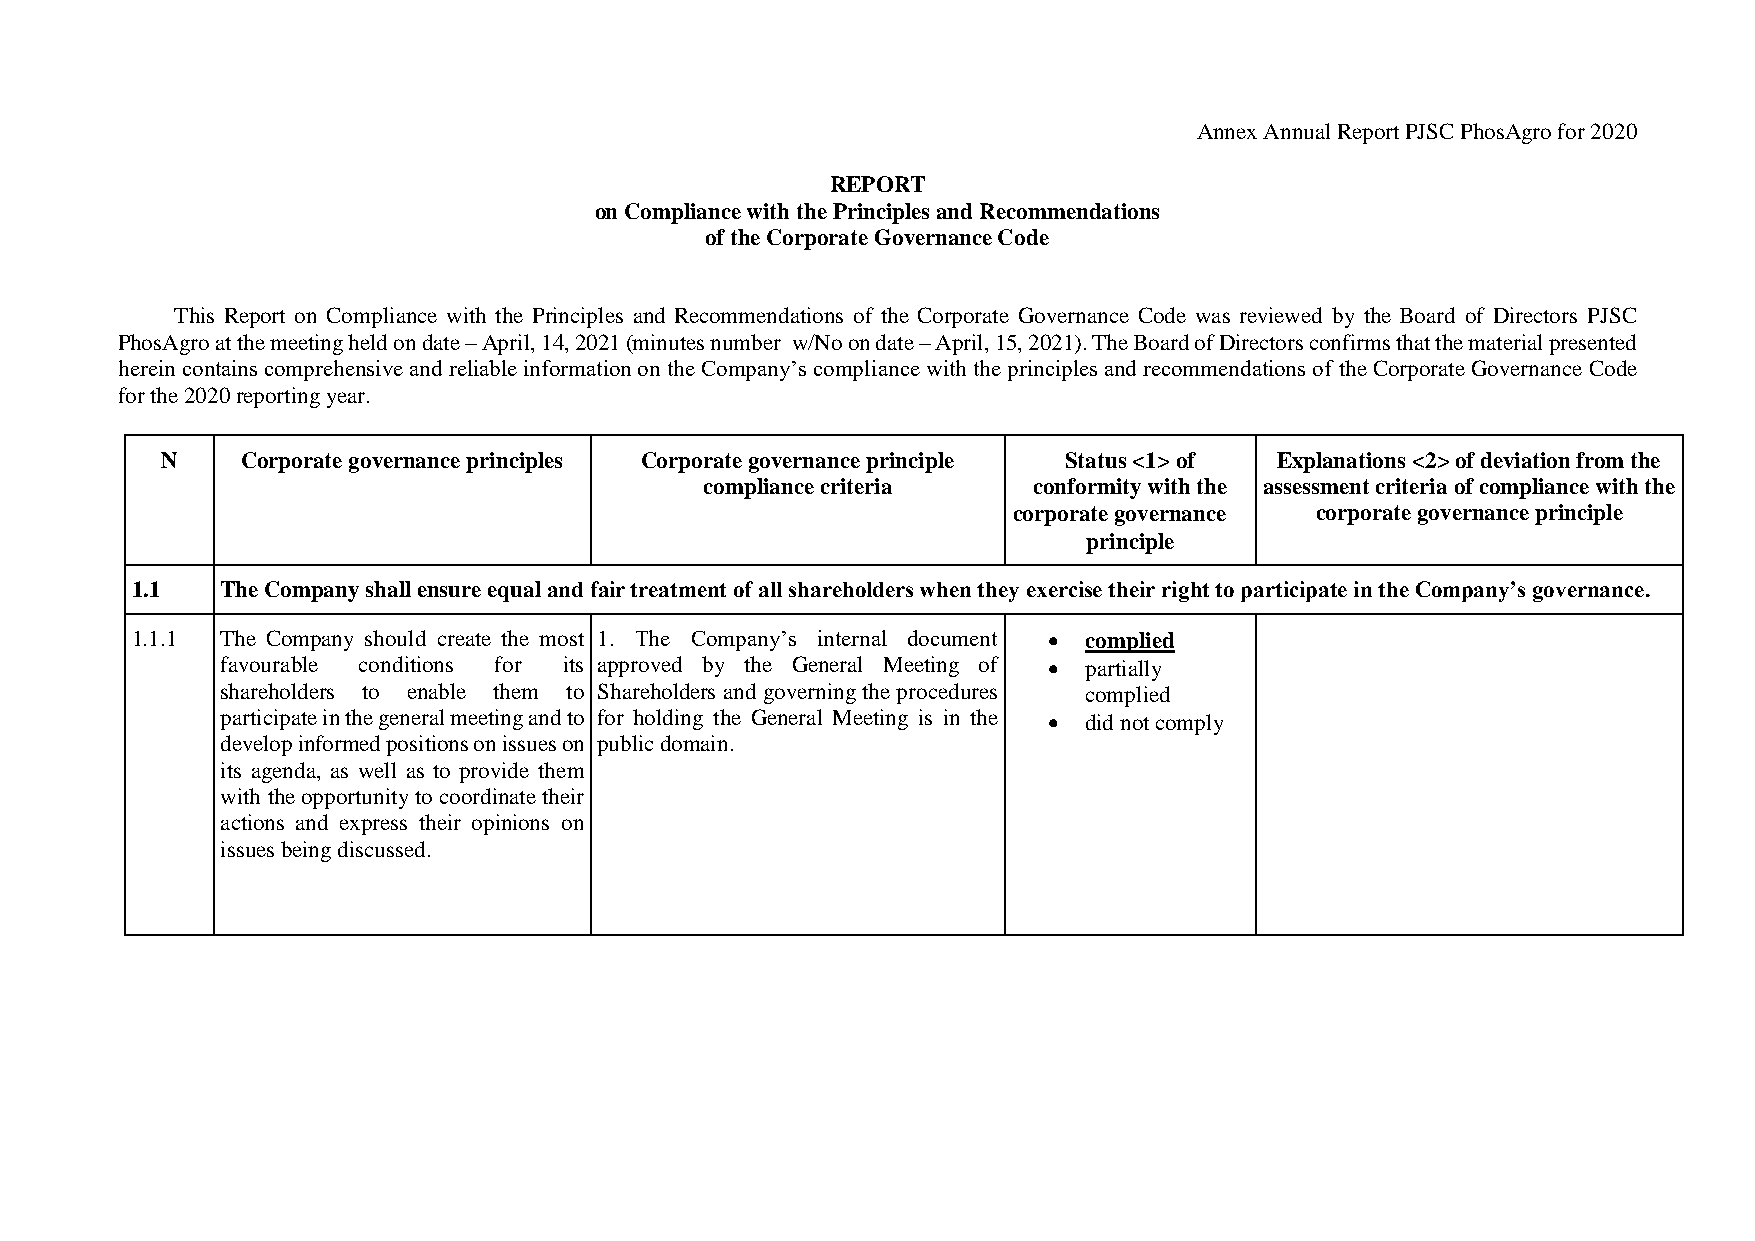
Annex Annual Report PJSC PhosAgro for 2020
 REPORT
 on Compliance with the Principles and Recommendations
 of the Corporate Governance Code
 This Report on Compliance with the Principles and Recommendations of the Corporate Governance Code was reviewed by the Board of Directors PJSC
 PhosAgro at the meeting held on date – April, 14, 2021 (minutes number w/No on date – April, 15, 2021). The Board of Directors confirms that the material presented
 herein contains comprehensive and reliable information on the Company’s compliance with the principles and recommendations of the Corporate Governance Code
 for the 2020 reporting year.
 N    Corporate governance principles Corporate governance principle Status <1> of Explanations <2> of deviation from the
 compliance criteria  conformity with the assessment criteria of compliance with the
 corporate governance corporate governance principle
 principle
 1.1   The Company shall ensure equal and fair treatment of all shareholders when they exercise their right to participate in the Company’s governance.
 1.1.1 The Company should create the most 1. The Company’s internal document  complied
 favourable conditions for its approved by the General Meeting of  partially
 shareholders to enable them to Shareholders and governing the procedures complied
 participate in the general meeting and to for holding the General Meeting is in the  did not comply
 develop informed positions on issues on public domain.
 its agenda, as well as to provide them
 with the opportunity to coordinate their
 actions and express their opinions on
 issues being discussed.